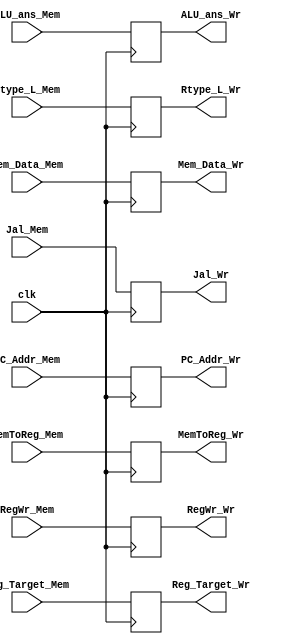
module Mem_Wr_206(
    input       clk,

    //
    input[32-1:0]       ALU_ans_Mem,            //
    input[32-1:0]       Mem_Data_Mem,           //
    input[32-1:0]       PC_Addr_Mem,
    input[5-1:0]        Reg_Target_Mem,

    //
    input               MemToReg_Mem,           //
    input               RegWr_Mem,              //
    input               Rtype_L_Mem,            //
    input               Jal_Mem,                //

    //
    output reg[32-1:0]  ALU_ans_Wr,             //
    output reg[32-1:0]  Mem_Data_Wr,            //
    output reg[32-1:0]  PC_Addr_Wr,
    output reg[5-1:0]   Reg_Target_Wr,

    //
    output reg          MemToReg_Wr,
    output reg          RegWr_Wr,
    output reg          Rtype_L_Wr,
    output reg          Jal_Wr
);

    always @(posedge clk) begin
        //
        ALU_ans_Wr <= ALU_ans_Mem;
        Mem_Data_Wr <= Mem_Data_Mem;
        Reg_Target_Wr <= Reg_Target_Mem;
        PC_Addr_Wr <= PC_Addr_Mem;

        //
        MemToReg_Wr <= MemToReg_Mem;
        RegWr_Wr <= RegWr_Mem;
        Rtype_L_Wr <= Rtype_L_Mem;
        Jal_Wr <= Jal_Mem;
    end

endmodule